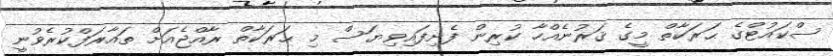
ސްކައުޓްގެ ޙަރަކާތް މީގެ ޤަރުނެއްހާ ކުރިން ފެށިފައިވިޔަސް މި ޙަރަކާތް ރާއްޖެއަށް ތައާރަފްކުރެވުނީ